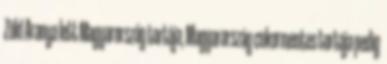
Zöld Aranya lett Magyarország tortája, Magyarország cukormentes tortája pedig